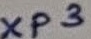
Text: XP3